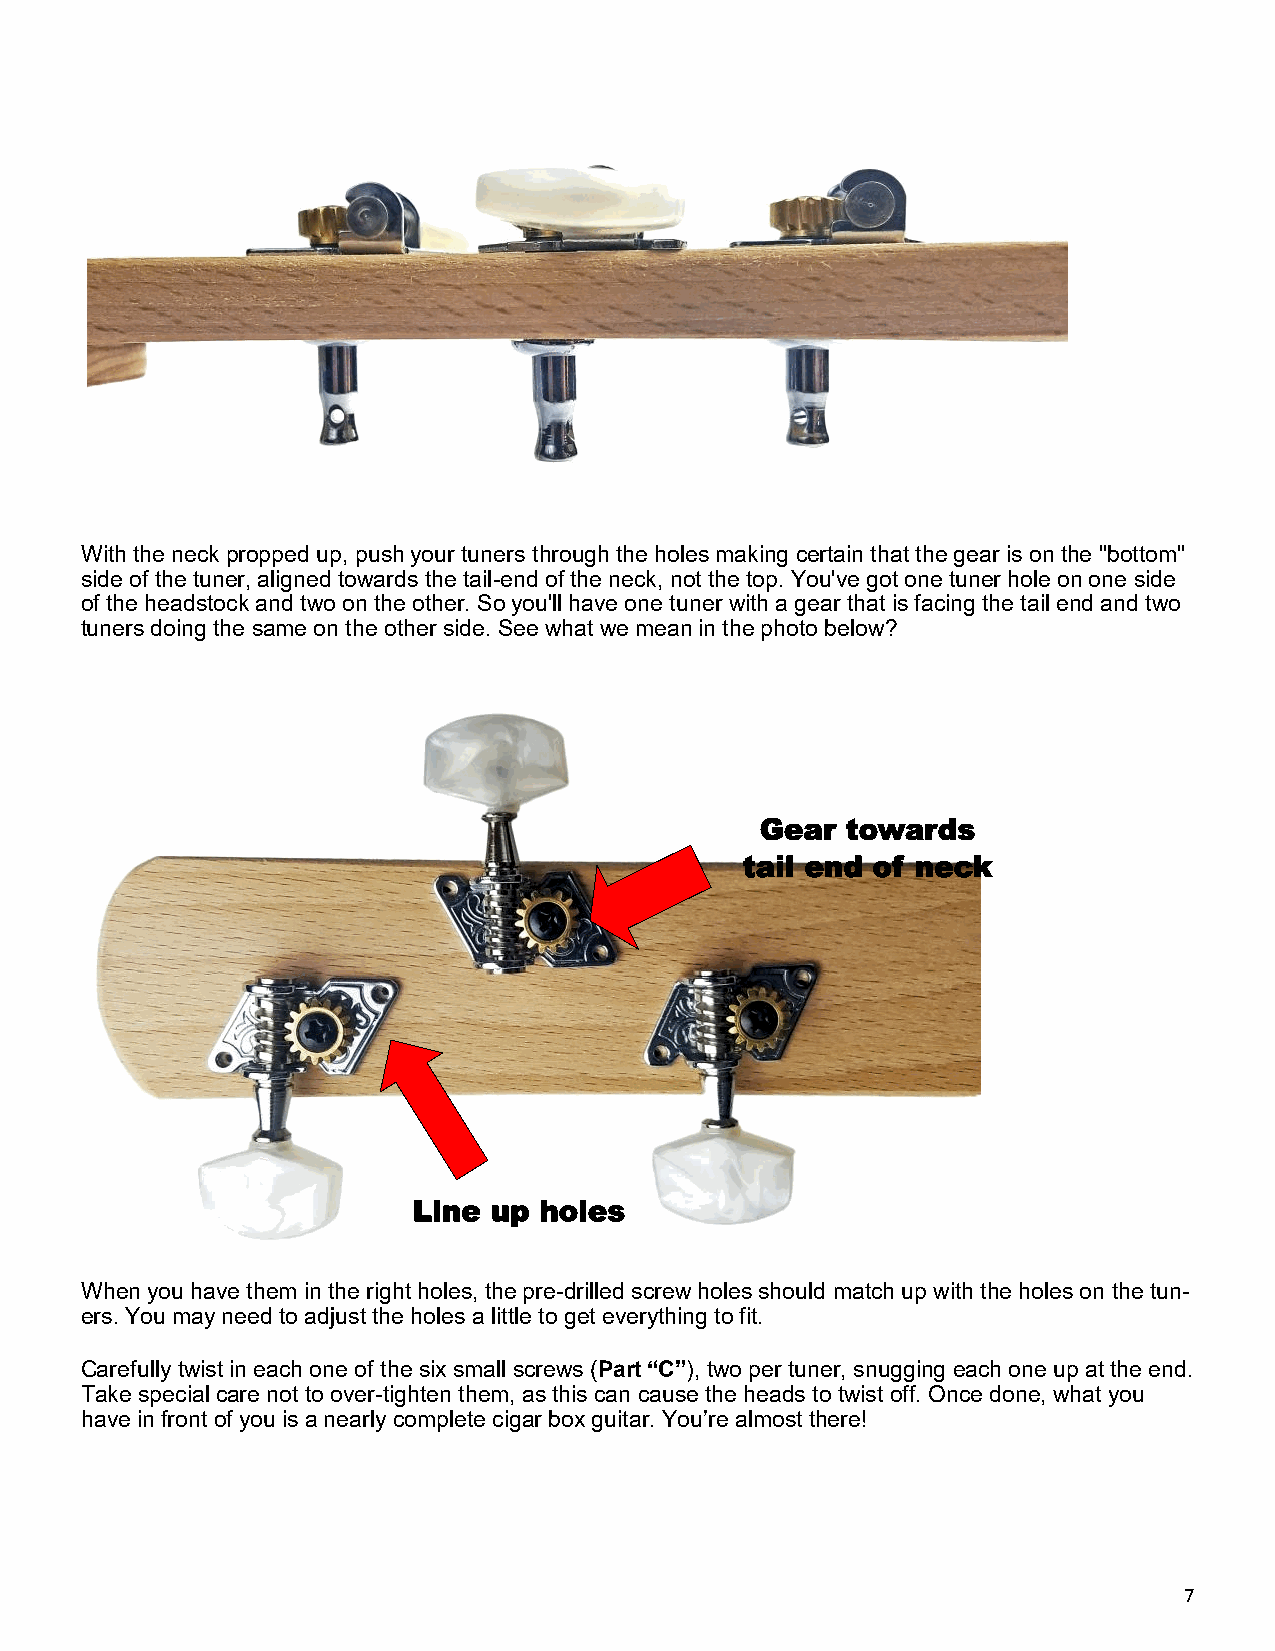
With the neck propped up, push your tuners through the holes making certain that the gear is on the "bottom"
 side of the tuner, aligned towards the tail-end of the neck, not the top. You've got one tuner hole on one side
 of the headstock and two on the other. So you'll have one tuner with a gear that is facing the tail end and two
 tuners doing the same on the other side. See what we mean in the photo below?
 Gear  towards
 tail end of neck
 Line up  holes
 When you have them in the right holes, the pre-drilled screw holes should match up with the holes on the tun-
 ers. You may need to adjust the holes a little to get everything to fit.
 Carefully twist in each one of the six small screws (Part “C”), two per tuner, snugging each one up at the end.
 Take special care not to over-tighten them, as this can cause the heads to twist off. Once done, what you
 have in front of you is a nearly complete cigar box guitar. You’re almost there!
 7